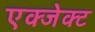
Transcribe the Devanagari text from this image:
एक्जेक्ट